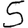
Digit: 5